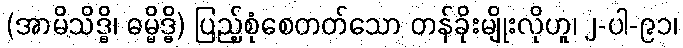
(အာမိသိဒ္ဓိ၊ ဓမ္မိဒ္ဓိ) ပြည့်စုံစေတတ်သော တန်ခိုးမျိုးလိုဟူ၊ ၂-ပါ-၉၁၊